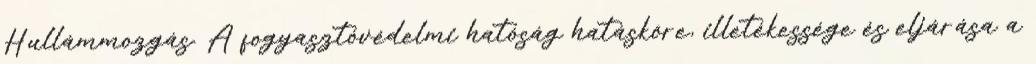
Hullámmozgás. A fogyasztóvédelmi hatóság hatásköre, illetékessége és eljárása a